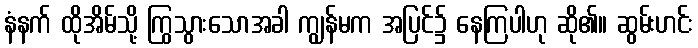
နံနက် ထိုအိမ်သို့ ကြွသွားသောအခါ ကျွန်မက အပြင်၌ နေကြပါဟု ဆို၏။ ဆွမ်းဟင်း